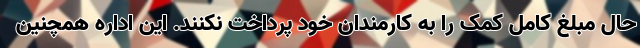
حال مبلغ کامل کمک را به کارمندان خود پرداخت نکنند. این اداره همچنین